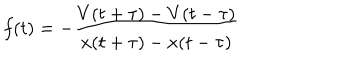
LaTeX: f ( t ) = - \frac { V ( t + \tau ) - V ( t - \tau ) } { x ( t + \tau ) - x ( t - \tau ) }